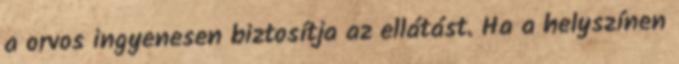
a orvos ingyenesen biztosítja az ellátást. Ha a helyszínen